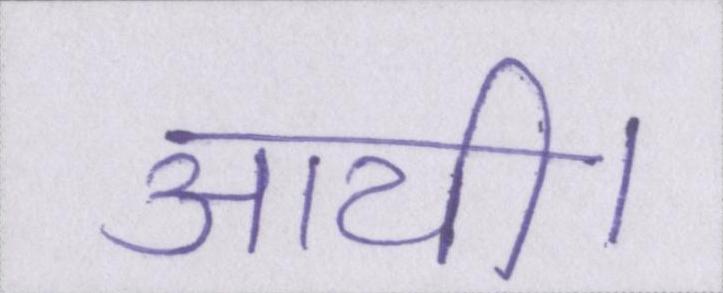
आयी।